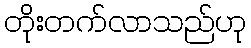
တိုးတက်လာသည်ဟု